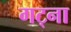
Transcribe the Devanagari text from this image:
गट्ना